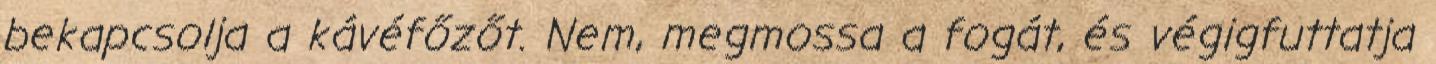
bekapcsolja a kávéfőzőt. Nem, megmossa a fogát, és végigfuttatja